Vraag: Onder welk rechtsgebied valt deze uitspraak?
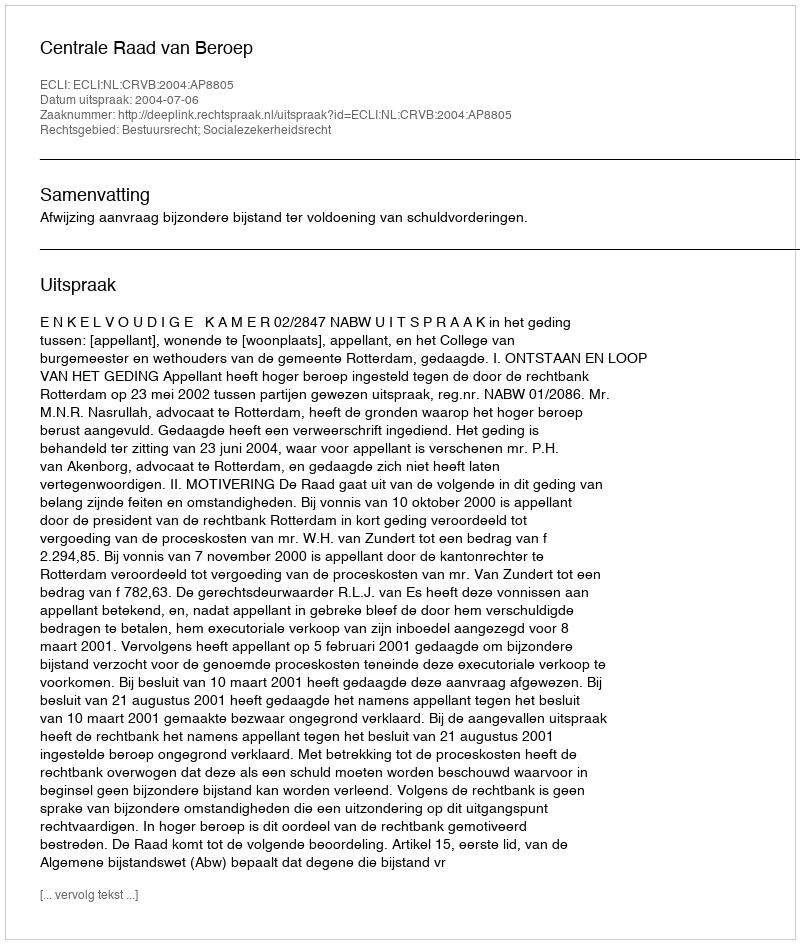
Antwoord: Bestuursrecht; Socialezekerheidsrecht